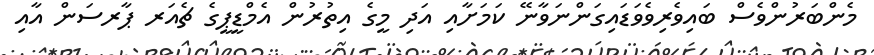
މެންބަރުންވެސް ބައިވެރިވެވަޑައިގަންނަވާނޭ ކަމަށާއި އަދި މީގެ އިތުރުން އެމްޑީޕީގެ ޗެއަރ ޕާރސަން އާއި